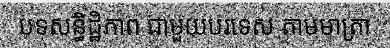
បទសន្ធិដ្ឋិភាព ជាមួយបរទេស តាមមាត្រា